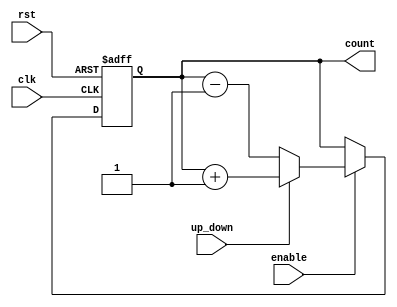
module up_down_counter (
    input wire clk,            // Clock signal
    input wire rst,            // Asynchronous reset
    input wire up_down,        // Up/Down control signal
    input wire enable,         // Enable signal
    output reg [7:0] count     // 8-bit counter output (adjust width as needed)
);

    // Asynchronous reset and counting logic
    always @(posedge clk or posedge rst) begin
        if (rst) begin
            count <= 8'b0;      // Reset counter to 0
        end else if (enable) begin
            if (up_down) begin
                count <= count + 1; // Increment counter
            end else begin
                count <= count - 1; // Decrement counter
            end
        end
    end

endmodule